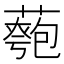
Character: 𦾀